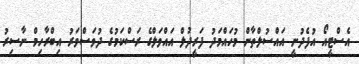
އެސްޓީއޯ އުފެދުނީ އައްސުލްތާން މުހައްމަދު ފަރީދުލް އައްވަލްގެ ރަސްކަމުގެ ދުވަސްވަރު އިބްރާހިމް ނާސިރު